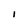
Character: I